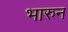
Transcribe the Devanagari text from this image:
भारुन